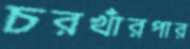
চরখাঁরপার